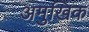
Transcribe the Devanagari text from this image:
अमुखिक